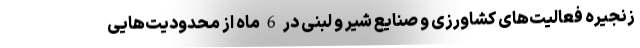
زنجیره فعالیت‌های کشاورزی و صنایع شیر و لبنی در 6 ماه از محدودیت‌هایی